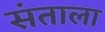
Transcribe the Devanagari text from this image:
संताला